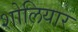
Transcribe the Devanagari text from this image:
शोलियार